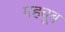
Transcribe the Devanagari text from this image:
महबूब